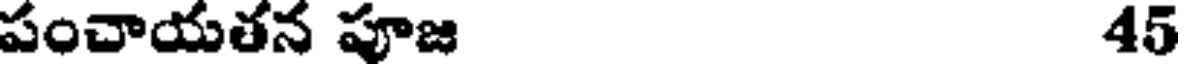
పంచాయతన పూజ 45